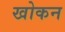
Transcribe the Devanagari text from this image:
खोकन